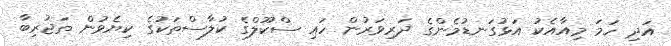
އަދި ހަމަ މިއާއެކު އަޅުގަނޑުމެންގެ ދަރިވަރުން ހައި ސްކޫލްގެ ކުލާސްތަކުގެ ކިޔެވުން ތަޖުރިބާ